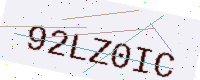
Text: 92LZ0IC